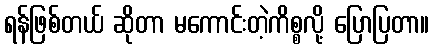
ရန်ဖြစ်တယ် ဆိုတာ မကောင်းတဲ့ကိစ္စလို့ ပြောပြတာ။